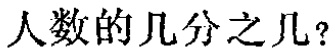
人数的几分之几？